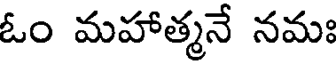
ఓం మహాత్మనే నమః